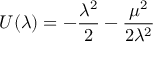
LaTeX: U ( \lambda ) = - \frac { \lambda ^ { 2 } } { 2 } - \frac { \mu ^ { 2 } } { 2 \lambda ^ { 2 } }